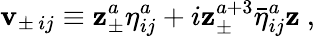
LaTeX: \mathbf{v}_{\pm\, ij}\equiv\mathbf{z}_{\pm}^{a}{\eta}_{ij}^{a}+i\mathbf{z}_{\pm}^{a+3}{\bar{{\eta}}}_{ij}^{a}\mathbf{z}\ ,